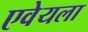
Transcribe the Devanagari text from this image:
एवेयला